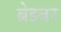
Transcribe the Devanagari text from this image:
ब्रेइत्नर